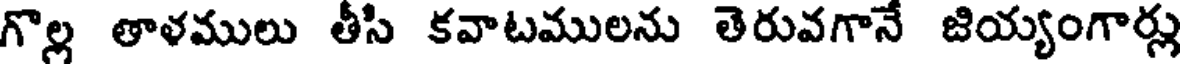
గొల్ల తాళములు తీసి కవాటములను తెరువగానే జియ్యంగార్లు